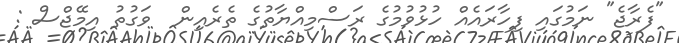
"ފެރާޖެ" ނަމުގައި ފިހާރައެއް ހުޅުވުމުގެ ރަސްމިއްޔާތުގެ ތެރެއިން  ވަގުތު އިމޭޖްސް :